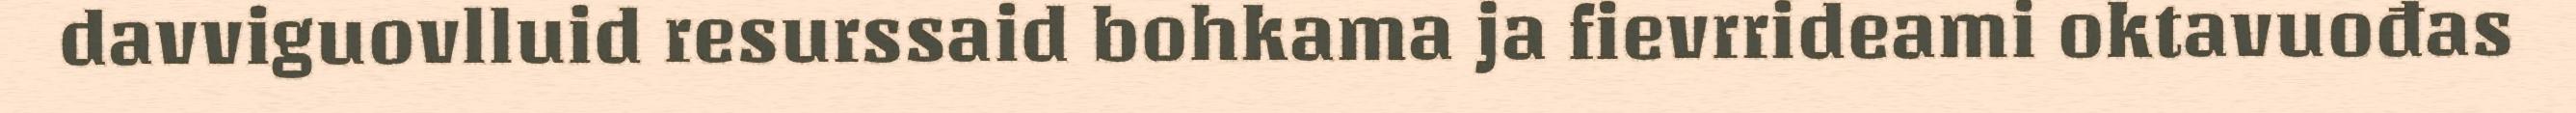
davviguovlluid resurssaid bohkama ja fievrrideami oktavuođas